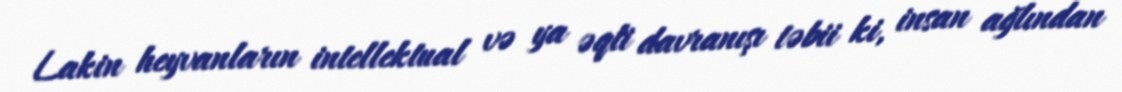
Lakin heyvanların intellektual və ya əqli davranışı təbii ki, insan ağlından